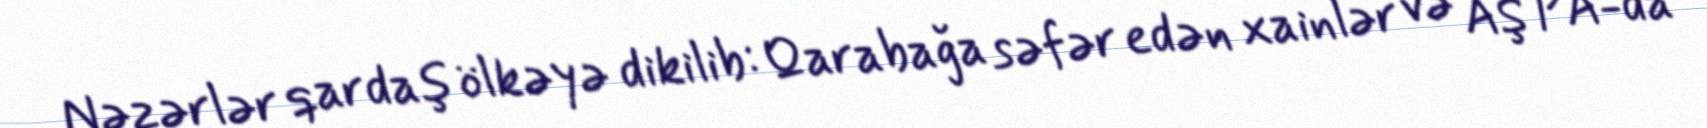
Nəzərlər qardaş ölkəyə dikilib: Qarabağa səfər edən xainlər və AŞ PA-da